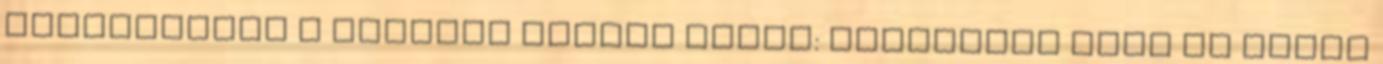
folytatódik a havazás Lezárt ügyek: Rendőrnek adta ki magát